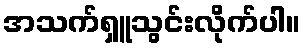
အသက်ရှူသွင်းလိုက်ပါ။